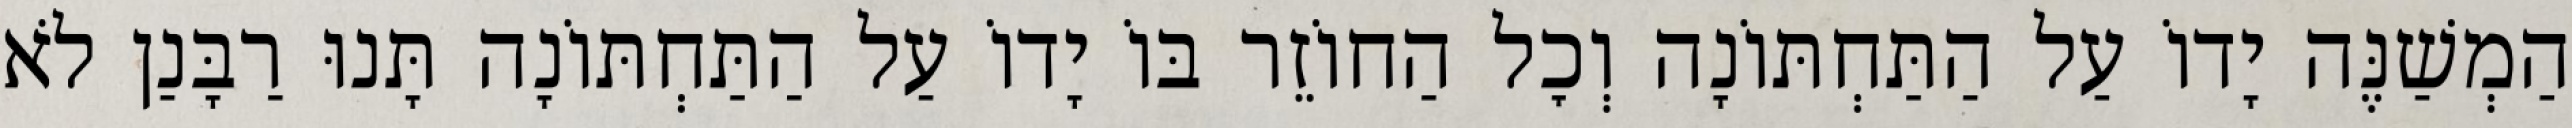
הַמְשַׁנֶּה יָדוֹ עַל הַתַּחְתּוֹנָה וְכׇל הַחוֹזֵר בּוֹ יָדוֹ עַל הַתַּחְתּוֹנָה תָּנוּ רַבָּנַן לֹא